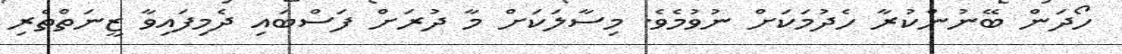
ހޯދަން ބޭނުންކުރާ ހެދުމަކަށް ނުވުމެވެ. މިސާލަކަށް މާ ދުރަށް ފަސްބައި ދެމިފައިވާ ޒީނަތްތެރި